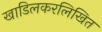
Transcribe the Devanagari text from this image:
खाडिलकरलिखित